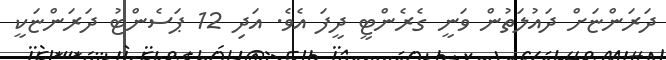
ދަރަންޏަށް ދައުލަތުން ވަނީ ގެރެންޓީ ދީފަ އެވެ. އަދި 12 ޕަސެންޓު ދަރަންޏަކީ